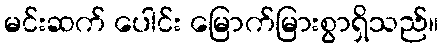
မင်းဆက် ပေါင်း မြောက်မြားစွာရှိသည်။